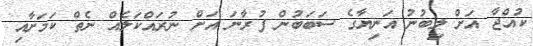
ކުއްޖާ އަށް ލިބުނު އަނިޔާގެ ސަބަބުން ފުރާނަ އަށް ނުރައްކަލެއް ނެތް ކަމަށާއި